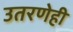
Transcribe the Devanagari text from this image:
उतरणेही